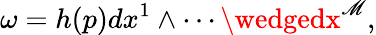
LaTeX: \omega=h(p)dx^{1}\wedge\cdots\wedgedx^{\mathscr{M}},